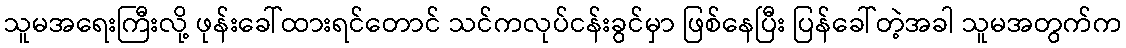
သူမအရေးကြီးလို့ ဖုန်းခေါ်ထားရင်တောင် သင်ကလုပ်ငန်းခွင်မှာ ဖြစ်နေပြီး ပြန်ခေါ်တဲ့အခါ သူမအတွက်က